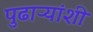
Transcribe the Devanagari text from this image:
पुढाऱ्यांशी